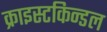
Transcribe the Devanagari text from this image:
क्राइस्टकिन्डल